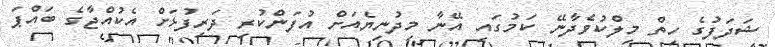
ޝަދަފުގެ ހިތް މިލްކުވެދާނޭ ކަމުގައި އޭނާ މިދުނިޔެއަށް އުފަންކުރި ދަރިފުޅަށް އެކުއްޖާގެ ބައްޕަ